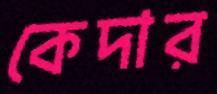
কেদার